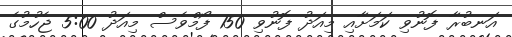
އަނބުރާ ފޮނުވި ކަމަށާއި މިއަދު ފޮނުވި 150 ފޯމްވެސް މިއަދު 5:00 ޖެހުމުގެ